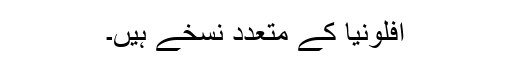
افلونیا کے متعدد نسخے ہیں۔